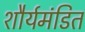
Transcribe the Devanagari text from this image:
शौर्यमंडित